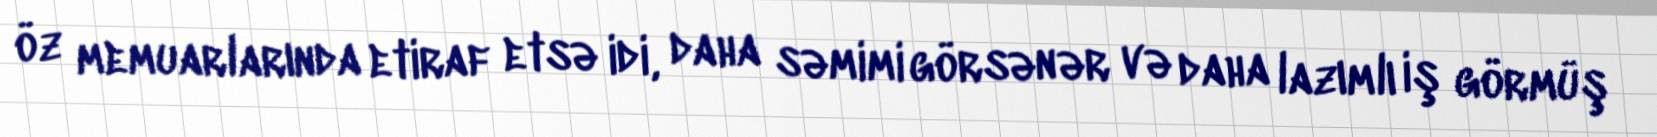
öz memuarlarında etiraf etsə idi, daha səmimi görsənər və daha lazımlı iş görmüş